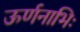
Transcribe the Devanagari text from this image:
ऊर्णनाभिः